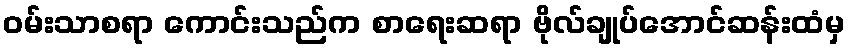
ဝမ်းသာစရာ ကောင်းသည်က စာရေးဆရာ ဗိုလ်ချုပ်အောင်ဆန်းထံမှ